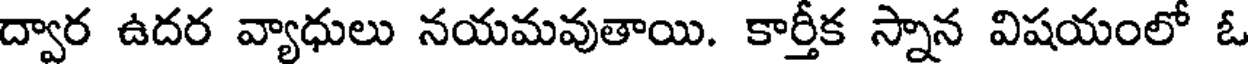
ద్వార ఉదర వ్యాధులు నయమవుతాయి. కార్తీక స్నాన విషయంలో ఓ